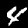
Digit: 4